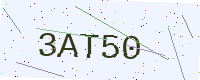
Text: 3AT50